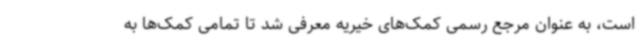
است، به عنوان مرجع رسمی کمک‌های خیریه معرفی شد تا تمامی کمک‌ها به